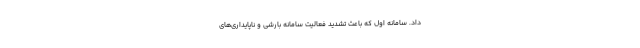
داد. سامانه اول که باعث تشدید فعالیت سامانه بارشی و ناپایداری‌های